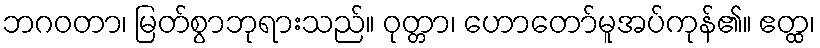
ဘဂဝတာ၊ မြတ်စွာဘုရားသည်။ ဝုတ္တာ၊ ဟောတော်မူအပ်ကုန်၏။ ဧတ္ထ၊